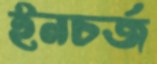
ইনচর্জ